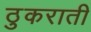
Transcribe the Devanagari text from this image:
ठुकराती